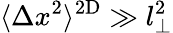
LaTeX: \langle\Delta x^{2}\rangle^{\mathrm{2D}}\gg l_{\perp}^{2}